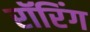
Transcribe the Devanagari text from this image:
रॉरिंग